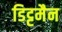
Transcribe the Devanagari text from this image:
डिट्टमैन